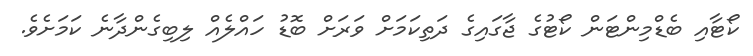
ކޯޓާއި ބެޑްމިންޓަން ކޯޓުގެ ޖާގައިގެ ދަތިކަމަށް ވަރަށް ބޮޑު ހައްލެއް ލިބިގެންދާނެ ކަމަށެވެ.